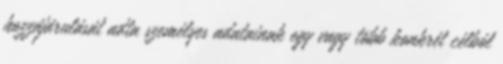
hozzájárulását adta személyes adatainak egy vagy több konkrét célból